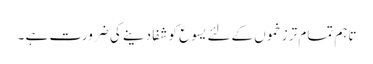
تاہم تمام تر زخموں کےلئے یسوع کو شفا دینے کی ضرورت ہے ۔